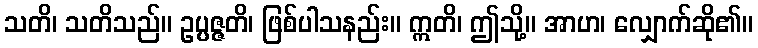
သတိ၊ သတိသည်။ ဥပ္ပဇ္ဇတိ၊ ဖြစ်ပါသနည်း။ ဣတိ၊ ဤသို့။ အာဟ၊ လျှောက်ဆို၏။